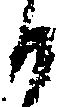
候